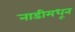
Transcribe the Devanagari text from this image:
नाडीमधून